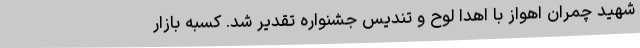
شهید چمران اهواز با اهدا لوح و تندیس جشنواره تقدیر شد. کسبه بازار